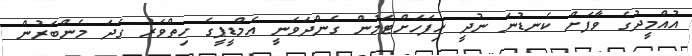
އުއްމީދުގެ ވާފަށް ކެނޑުނަ ނުދީ ހިފަހަށްޓަމުން ގެންދަވަނީ އެމްޑީޕީގެ ހިތްވަރު ގަދަ މެންބަރުން